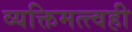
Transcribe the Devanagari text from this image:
व्यक्तिमत्त्वही